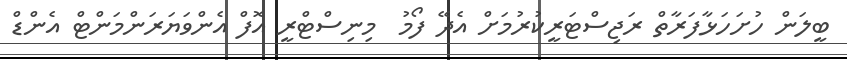
ބީލަން ހުށަހަޅާފަރާތް ރަޖިސްޓަރީކުރުމަށް އެދޭ ފޯމު  މިނިސްޓްރީ އޮފް އެންވަޔަރަންމަންޓް އެންޑް